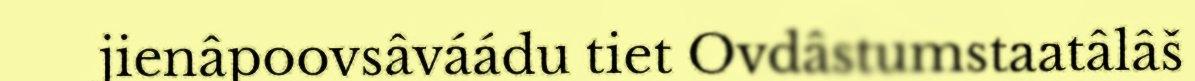
jienâpoovsâváádu tiet Ovdâstumstaatâlâš